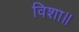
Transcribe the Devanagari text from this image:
विशा॥